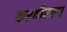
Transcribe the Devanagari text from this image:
करवीरला